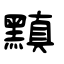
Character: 黰